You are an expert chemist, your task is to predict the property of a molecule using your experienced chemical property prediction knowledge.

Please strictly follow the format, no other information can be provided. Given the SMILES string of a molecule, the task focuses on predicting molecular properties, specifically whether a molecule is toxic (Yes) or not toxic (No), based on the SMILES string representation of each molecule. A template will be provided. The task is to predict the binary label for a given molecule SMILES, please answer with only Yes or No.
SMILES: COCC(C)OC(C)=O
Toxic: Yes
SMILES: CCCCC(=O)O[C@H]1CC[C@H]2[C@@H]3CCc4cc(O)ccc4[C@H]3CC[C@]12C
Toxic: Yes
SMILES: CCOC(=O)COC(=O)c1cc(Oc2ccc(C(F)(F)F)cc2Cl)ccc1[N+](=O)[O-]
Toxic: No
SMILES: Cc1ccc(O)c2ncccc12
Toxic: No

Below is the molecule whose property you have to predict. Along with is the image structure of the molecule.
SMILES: CCCCCOC(=O)CCCCC
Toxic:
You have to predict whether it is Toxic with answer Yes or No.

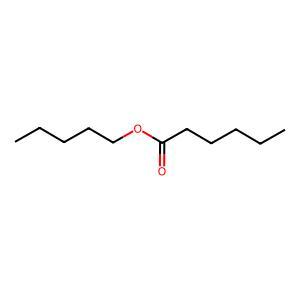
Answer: No